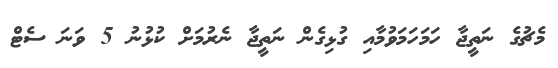
މެޗުގެ ނަތީޖާ ހަމަހަމަވުމާއި ގުޅިގެން ނަތީޖާ ނެރުމަށް ކުޅުނު 5 ވަނަ ސެޓް